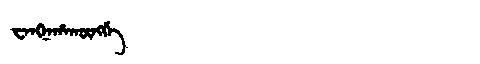
Manchu: ᠸᠠᠩᠨᠠᡥᠠᡴᡡᠩᡤᡝ
Romanization: WANGNAHAKŪNGGE